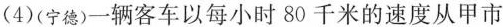
(4)(宁德)一辆客车以每小时80千米的速度从甲市